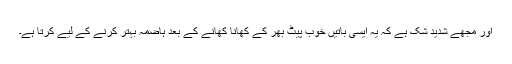
اور مجھے شدید شک ہے کہ یہ ایسی باتیں خوب پیٹ بھر کے کھانا کھانے کے بعد ہاضمہ بہتر کرنے کے لیے کرتا ہے۔